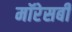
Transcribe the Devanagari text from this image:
मॉरेसबी